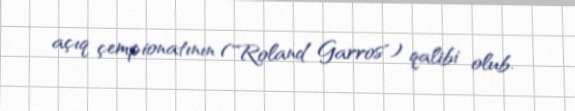
açıq çempionatının ("Roland Garros") qalibi olub.